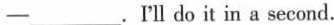
-___.I'll do it in a second.